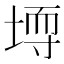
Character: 𪣳